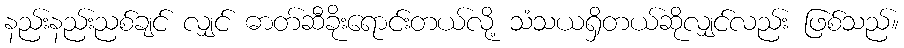
နည်းနည်းညစ်ချင် လျှင် ဓာတ်ဆီခိုးရောင်းတယ်လို့ သံသယရှိတယ်ဆိုလျှင်လည်း ဖြစ်သည်။